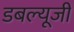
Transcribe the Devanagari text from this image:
डबल्यूजी